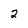
Character: 2